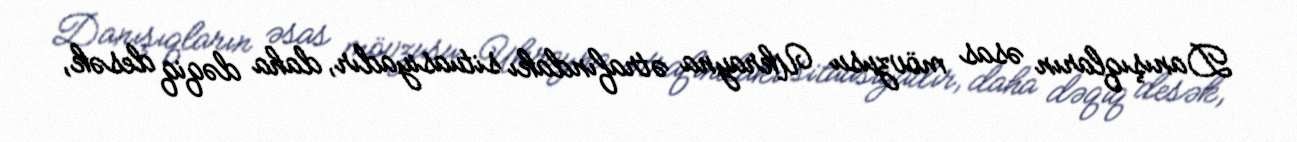
Danışıqların əsas mövzusu Ukrayna ətrafındakı situasiyadır, daha dəqiq desək,